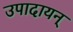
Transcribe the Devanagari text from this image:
उपादायन्